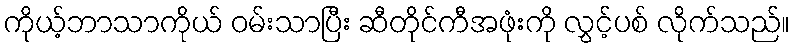
ကိုယ့်ဘာသာကိုယ် ဝမ်းသာပြီး ဆီတိုင်ကီအဖုံးကို လွှင့်ပစ် လိုက်သည်။